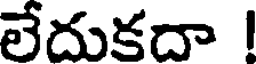
లేదుకదా !